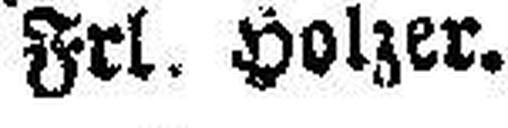
Frl. Holzer.